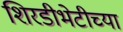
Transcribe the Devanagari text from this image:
शिरडीभेटीच्या